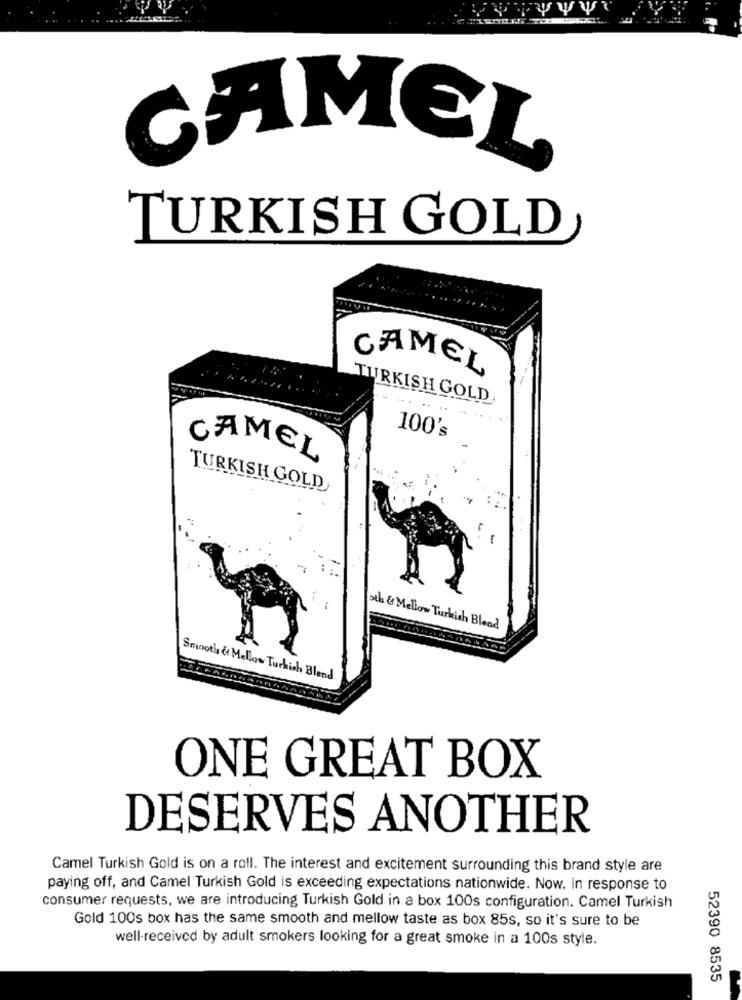
CAMEL
TURKISH GOLD
CAMEL
TURKISH GOLD
...
..
100's
CAMEL
TURKISH GOLD
oth & Mellow Turkish Blood
Smooth & Mellow Turkish Bland
ONE GREAT BOX
DESERVES ANOTHER
Camel Turkish Gold is on a roll. The interest and excitement surrounding this brand style are
paying off, and Camel Turkish Gold is exceeding expectations nationwide. Now. in response to
consumer requests, we are introducing Turkish Gold in a box 100s configuration. Camel Turkish
Gold 100s box has the same smooth and mellow taste as box 85s, so it's sure to be
well-received by adult smokers looking for a great smoke in a 100s style.
52390 8535